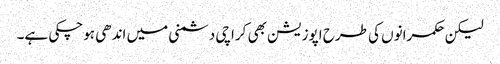
لیکن حکمرانوں کی طرح اپوزیشن بھی کراچی دشمنی میں اندھی ہوچکی ہے۔